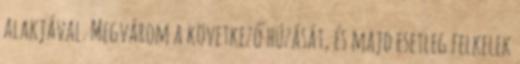
alakjával. Megvárom a következő húzását, és majd esetleg felkelek